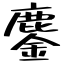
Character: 鏖